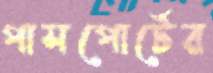
পাসপোর্টের